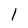
Character: 1